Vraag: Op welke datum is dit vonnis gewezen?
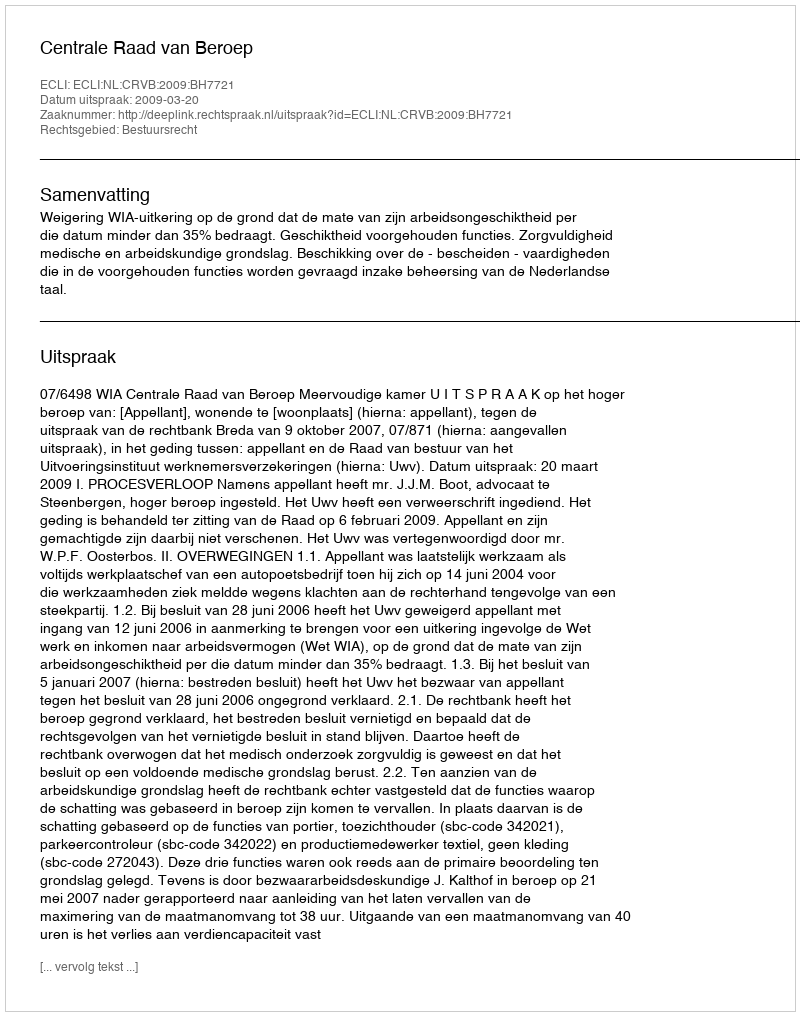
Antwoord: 2009-03-20